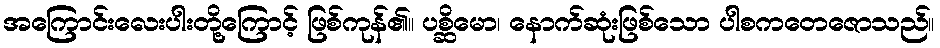
အကြောင်းလေးပါးတို့ကြောင့် ဖြစ်ကုန်၏။ ပစ္ဆိမော၊ နောက်ဆုံးဖြစ်သော ပါစကတေဇောသည်။